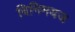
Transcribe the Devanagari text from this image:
विनिमयज